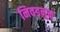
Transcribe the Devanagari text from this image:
निवडनूक